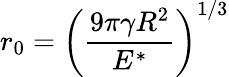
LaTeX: r_{\mathrm{0}}=\left(\frac{9\pi\gamma R^{2}}{E^{*}}\right)^{1/3}